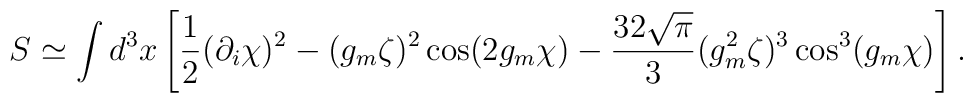
S\simeq\int d^3x\left[\frac12(\partial_i\chi)^2-(g_m\zeta)^2\cos(2g_m\chi)-\frac{32\sqrt{\pi}}{3}(g_m^2\zeta)^3\cos^3(g_m\chi)\right].